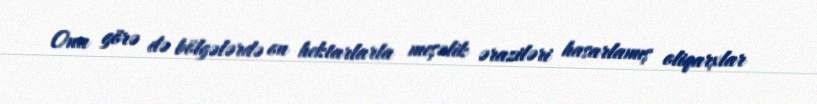
Ona görə də bölgələrdə on hektarlarla meşəlik əraziləri hasarlamış oliqarxlar